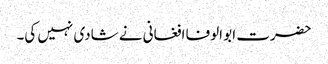
حضرت ابو الوفا افغانی نے شادی نہیں کی۔